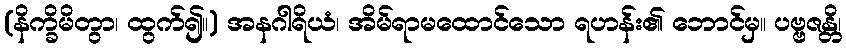
(နိက္ခိမိတွာ၊ ထွက်၍။) အနဂါရိယံ၊ အိမ်ရာမထောင်သော ရဟန်း၏ ဘောင်မှ။ ပဗ္ဗဇန္တိ၊